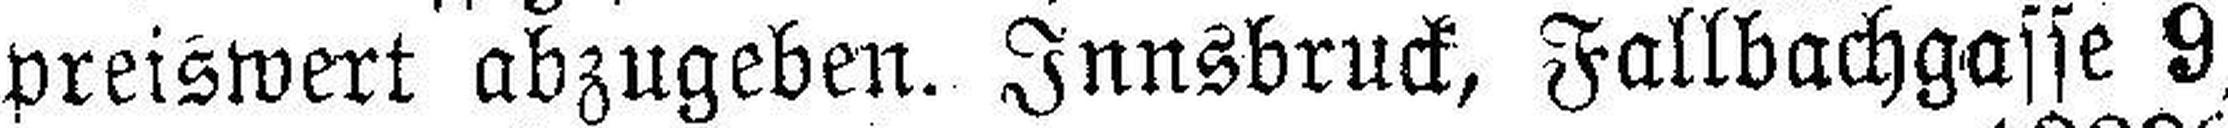
preiswert abzugeben. Innsbruck, Fallbachgasse 9